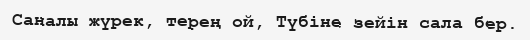
Саналы жүрек, терең ой, Түбіне зейін сала бер.